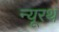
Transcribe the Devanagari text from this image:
न्यूरथ